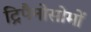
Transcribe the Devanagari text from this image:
ट्रिपैनोसोमों